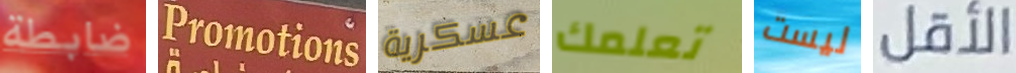
ضابطة Promotions عسكرية تعلمك ليست الأقل